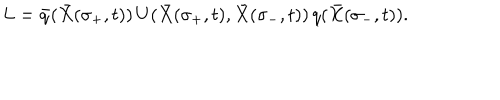
L = { \bar { q } } ( { \bar { X } } ( \sigma _ { + } , t ) ) \, U ( { \bar { X } } ( \sigma _ { + } , t ) , { \bar { X } } ( \sigma _ { - } , t ) ) \, q ( { \bar { X } } ( \sigma _ { - } , t ) ) .